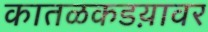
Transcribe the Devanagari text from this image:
कातळकडय़ावर